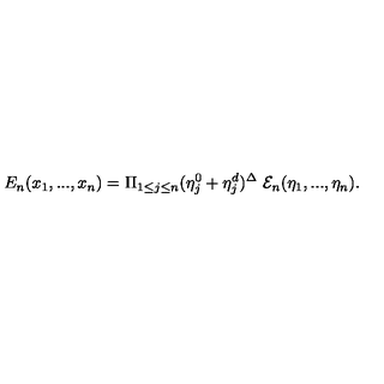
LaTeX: { E } _ { n } ( x _ { 1 } , . . . , x _ { n } ) = \Pi _ { 1 \leq j \leq n } ( \eta _ { j } ^ { 0 } + \eta _ { j } ^ { d } ) ^ { \Delta } \ { \cal E } _ { n } ( \eta _ { 1 } , . . . , \eta _ { n } ) .